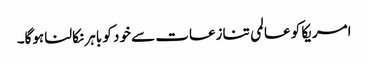
امریکا کو عالمی تنازعات سے خود کو باہر نکالنا ہوگا۔